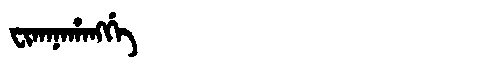
Manchu: ᠸᡳᡴᠠᠨᠠᡥᠠᠩᡤᡝ
Romanization: FIKANAHANGGE